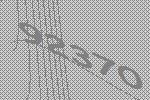
92370